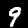
Digit: 9